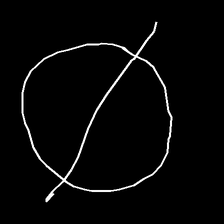
Glyph: orb